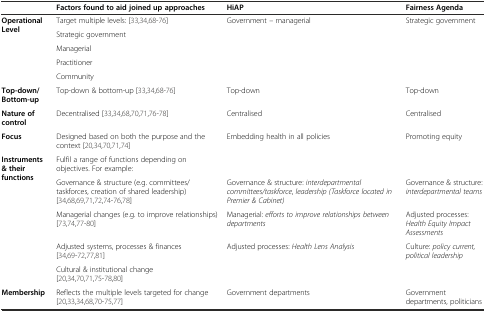
|  | Factors found to aid joined up approaches | HiAP | Fairness Agenda |
 | --- | --- | --- | --- |
 | <ROWSPAN=5> Operational Level | Target multiple levels: [33, 34, 68–76] | Government – managerial | Strategic government |
 | Strategic government |  |  |
 | Managerial |  |  |
 | Practitioner |  |  |
 | Community |  |  |
 | Top-down/ Bottom-up | Top-down & bottom-up [33, 34, 68–76] | Top-down | Top-down |
 | Nature of control | Decentralised [33, 34, 68, 70, 71, 76–78] | Centralised | Centralised |
 | Focus | Designed based on both the purpose and the context [20, 34, 70, 71, 74] | Embedding health in all policies | Promoting equity |
 | <ROWSPAN=5> Instruments & their functions | Fulfil a range of functions depending on objectives. For example: |  |  |
 | Governance & structure (e.g. committees/ taskforces, creation of shared leadership) [34, 68, 69, 71, 72, 74–76, 78] | Governance & structure: interdepartmental committees/taskforce, leadership (Taskforce located in Premier & Cabinet) | Governance & structure: interdepartmental teams |
 | Managerial changes (e.g. to improve relationships) [73, 74, 77–80] | Managerial: efforts to improve relationships between departments | Adjusted processes: Health Equity Impact Assessments |
 | Adjusted systems, processes & finances [34, 69–72, 77, 81] | Adjusted processes: Health Lens Analysis | Culture: policy current, political leadership |
 | Cultural & institutional change [20, 34, 70, 71, 75–78, 80] |  |  |
 | Membership | Reflects the multiple levels targeted for change [20, 33, 34, 68, 70–75, 77] | Government departments | Government departments, politicians |